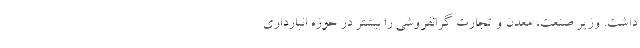
داشت. وزیر صنعت، معدن و تجارت گرانفروشی را بیشتر در حوزه انبارداری